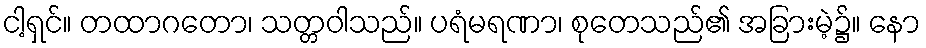
ငါ့ရှင်။ တထာဂတော၊ သတ္တဝါသည်။ ပရံမရဏာ၊ စုတေသည်၏ အခြားမဲ့၌။ နော